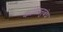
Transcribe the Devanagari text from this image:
काव्यानुबंध